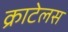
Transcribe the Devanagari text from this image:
क्राटेलस